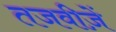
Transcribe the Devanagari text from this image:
तजवीज़ें